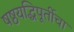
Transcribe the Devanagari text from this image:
षष्ठयद्धिपूर्तीचा